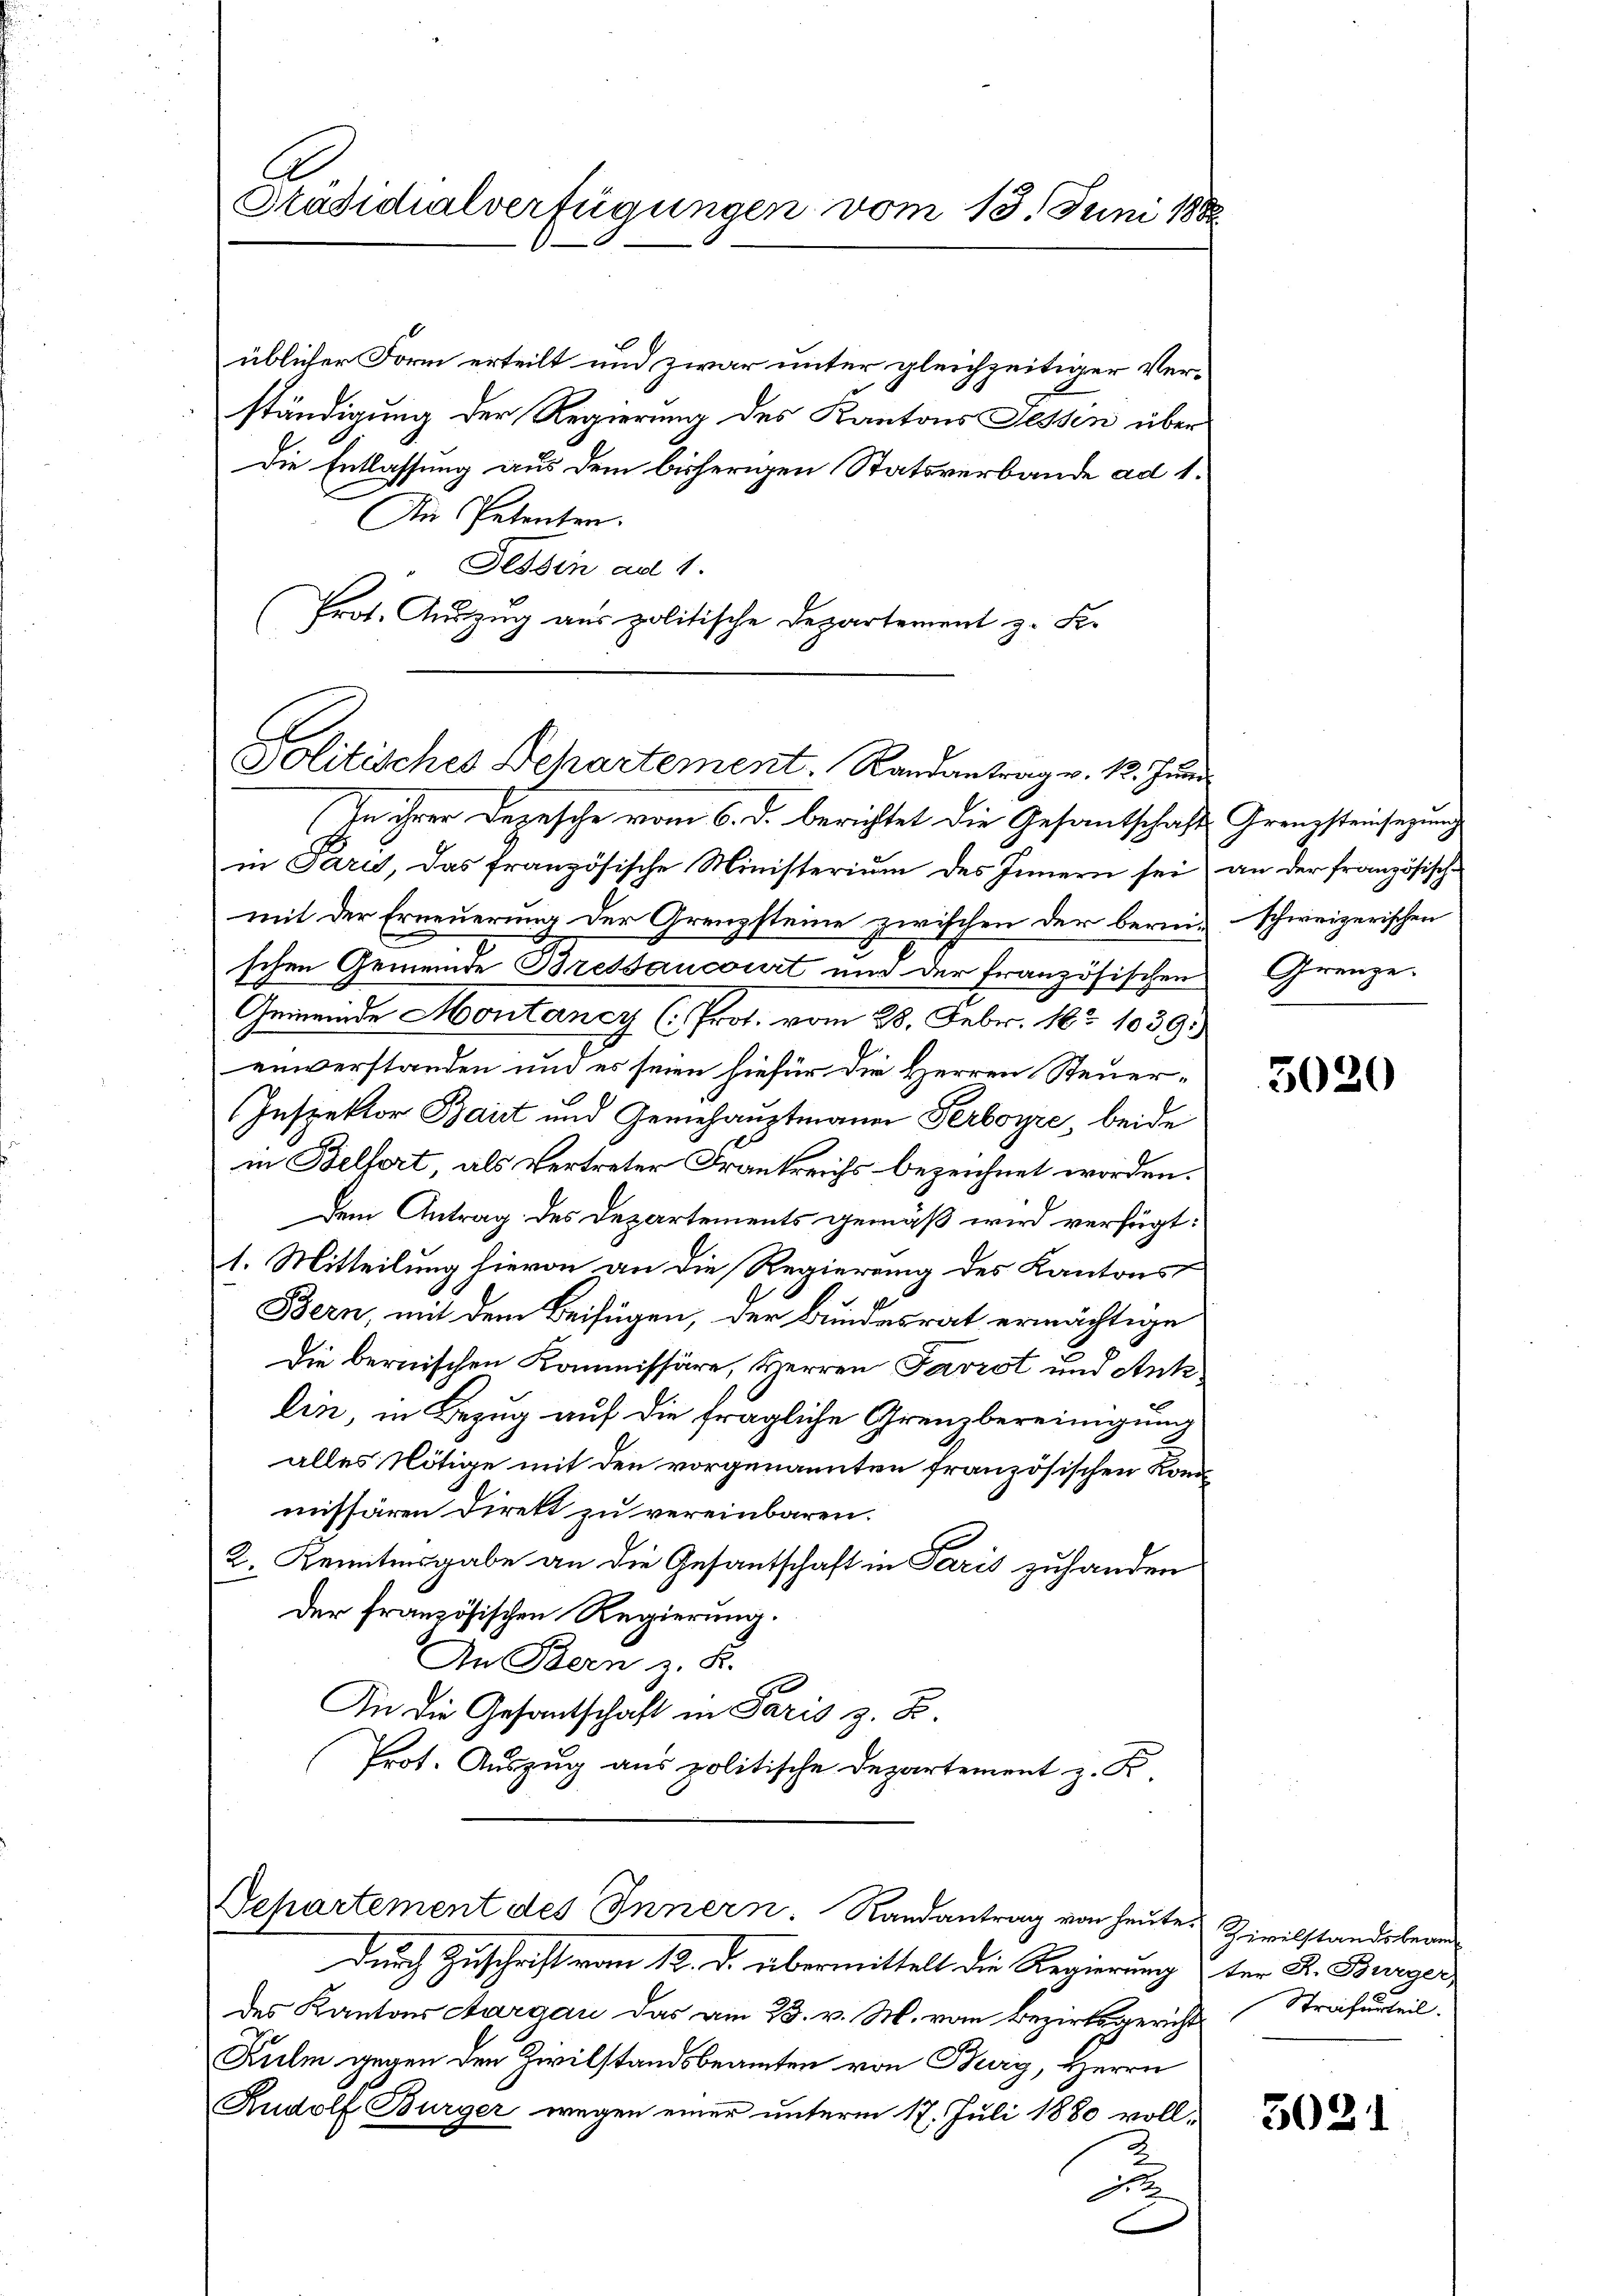
Stadidialverfügungen vom 13. Juni 185

üblicher Form erteilt und zwar unter gleichzeitiger Verständigung der Regierung des Kantons Fessen über
Die Entlassung aus dem bisherigen Statsverbande ad 1.
An Petenten.
Tessin ad 1.
Prot. Auszug aus politische Departement z. Fe

Politisches Departement. Randantrag v. 13. Juni

In ihrer Depesche vom 6. d. berichtet die Gesantschaft Grenzsteinsezung
in Paris, das französische Ministerium des Innern sei an der französische
mit der Erneuerung der Grenzsteine zwischen der bereinschweizerischen
s
schen Gemeinde Bressancourt und der französischen Grenze.
Gemeinde Hontaney (: Prot. vom 28. Febr. 183 1039.)
einverstanden und es seien hiefür die Herren Steuer¬
Inspektor Baust und Gewehauptmann Perboyre, beide
in Belfort, als Vertreter Frankreichs bezeichnet worden.
Dem Antrag des Departements gemäß wird verfügt:
1. Mitteilung hievon an die Regierung des Kantons
Bern, mit dem Beifügen, der Bundesrat ermächtige
Die bernischen Kommissäre, Herren Favrot und Ank
lin, in Bezug auf die fragliche Grenzbereinigung
alles Nötige mit den vorgenannten französischen Kommissären Direkt zu vereinbaren.
2. Kenntnisgabe an die Gesantschaft in Paris zuhanden
Der französischen Regierung.
An Bern z. K.
An die Gesandtschaft in Paris z. B.
Prot. Auszug aus politische Departement z. B.

Departement des Innern. Randantrag von heute Zivilstandsbeam¬

Durch Zuschrift vom 12. d. übermittelt die Regierung der Dr. Burger,
des Kantons Aargau das am 23. v. M. vom Bezirksgericht Trafurteil.
Kulm gegen den Zivilstandsbeamten von Burg, Herrn
Rudolf Bürger wegen einer unterm 17. Juli 1880 voll-
u

3020

3021